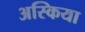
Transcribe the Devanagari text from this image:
अस्किया